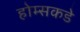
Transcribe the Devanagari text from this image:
होम्सकडे